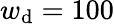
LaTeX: w_{\mathrm{d}}=100